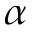
\alpha